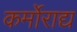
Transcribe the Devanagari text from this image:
कर्मोराद्य